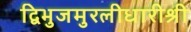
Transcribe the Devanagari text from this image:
द्विभुजमुरलीधारीश्री